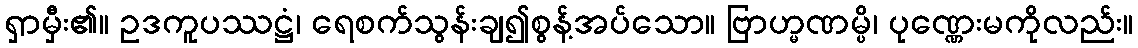
ရှာမှီး၏။ ဥဒကူပဿဋ္ဌံ၊ ရေစက်သွန်းချ၍စွန့်အပ်သော။ ဗြာဟ္မဏမ္ပိ၊ ပုဏ္ဏေးမကိုလည်း။